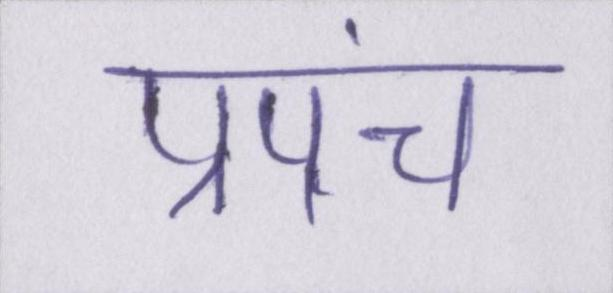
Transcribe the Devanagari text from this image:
प्रपंच